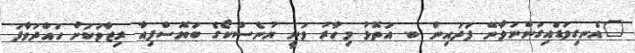
"އެނގިވަޑައިގަންނަވާނޭ ފަދައިން ބ. އަތޮޅު މިހާރު ވަނީ ޔުނެސްކޯގެ ބަޔޮސްފިއާ ރިޒާވަކަށް ހައްދަވާފަ